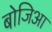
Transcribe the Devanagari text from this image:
बोजिआ